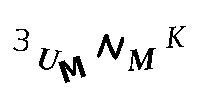
3UMNMK